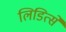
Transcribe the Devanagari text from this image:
लिडित्से